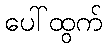
ပေါ်ထွက်